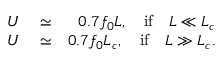
\begin{array} { r l r } { U } & { { } \simeq } & { 0 . 7 f _ { 0 } L , \quad \mathrm { i f } \quad L \ll L _ { c } } \\ { U } & { { } \simeq } & { 0 . 7 f _ { 0 } L _ { c } , \quad \mathrm { i f } \quad L \gg L _ { c } . } \end{array}